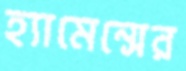
হ্যামেন্সের